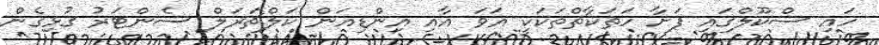
ހައި ސްކޫލްގައި ފަށާ ހަތަކާތްތަކަކީ އަވަ އާއި އިންޑިއަން ކަލްޗަރަލް ސެންޓަރު ގުޅިގެން